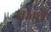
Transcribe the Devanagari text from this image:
बोन्वै